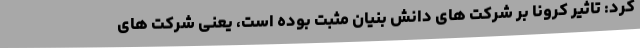
کرد: تاثیر کرونا بر شرکت های دانش بنیان مثبت بوده است، یعنی شرکت های